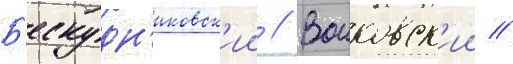
Б'ескудн'иковск'ии // Воиковск'ии //